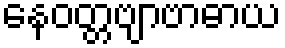
နေဝတ္တဗျာဗာဓာယ